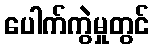
ပေါက်ကွဲမှုတွင်